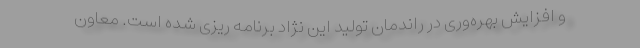
و افزایش بهره‌وری در راندمان تولید این نژاد برنامه ریزی شده است. معاون